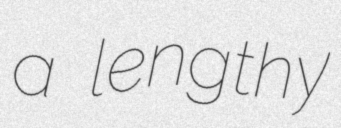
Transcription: a lengthy